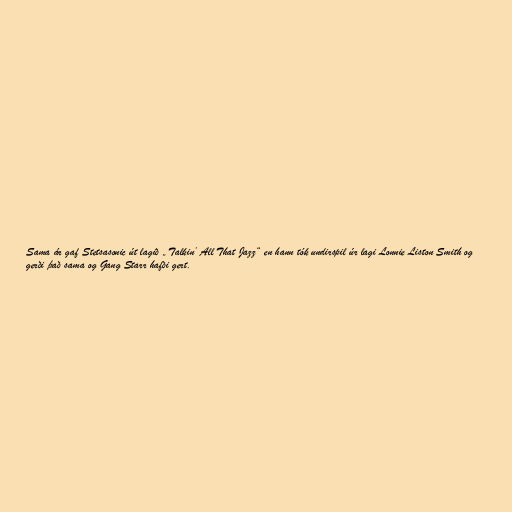
Sama ár gaf Stetsasonic út lagið „Talkin’ All That Jazz“ en hann tók undirspil úr lagi Lonnie Liston Smith og
gerði það sama og Gang Starr hafði gert.